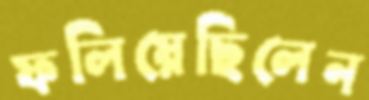
ফলিয়েছিলেন